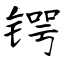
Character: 锷